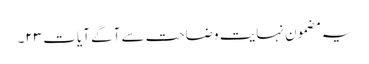
یہ مضمون نہایت وضاحت سے آگے آیات ۲۳۔